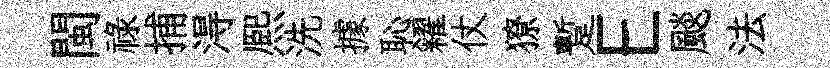
閩禄捕淂熈洗據恥糴仗獠蹔E颷法